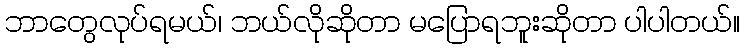
ဘာတွေလုပ်ရမယ်၊ ဘယ်လိုဆိုတာ မပြောရဘူးဆိုတာ ပါပါတယ်။